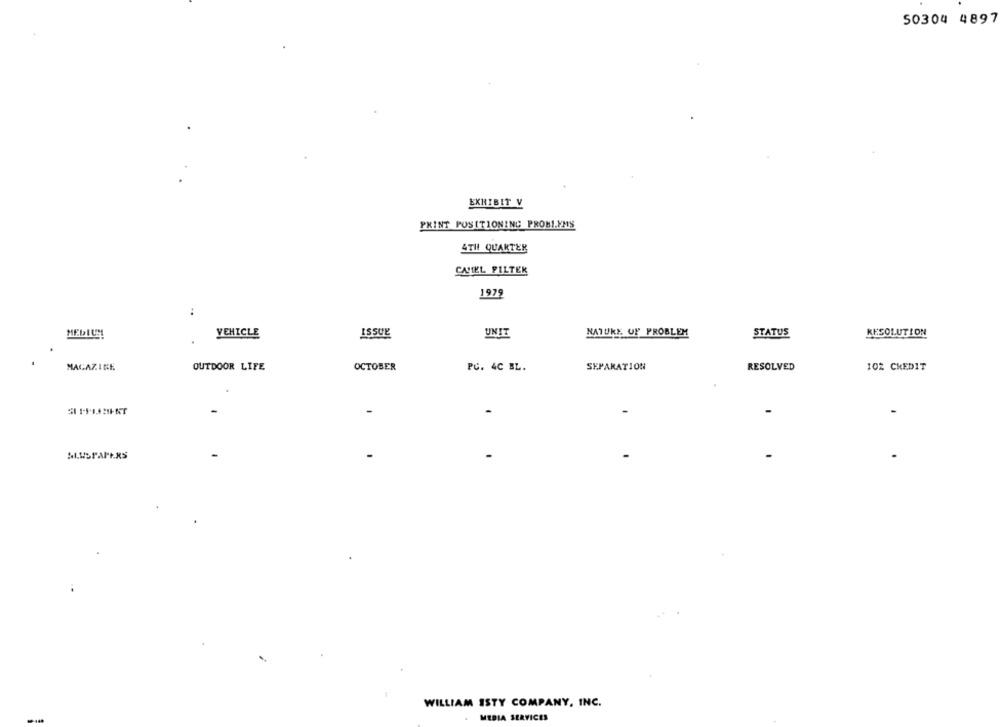
50304 4897
EXHIBIT V
PRINT POSITIONING PROMI.YMS
4TH QUARTER
CASIEL FILTER
1979
..
MEDIUM!
VEHICLE
ISSUE
UNIT
NATURE OF PROBLEM
STATUS
RESOLUTION
MAGAZINE
OUTDOOR LIFE
OCTOBER
PC. 4C BL.
SEPARATION
RESOLVED
102 CREDIT
-
WILLIAM ISTY COMPANY, INC.
MEDIA SERVICES